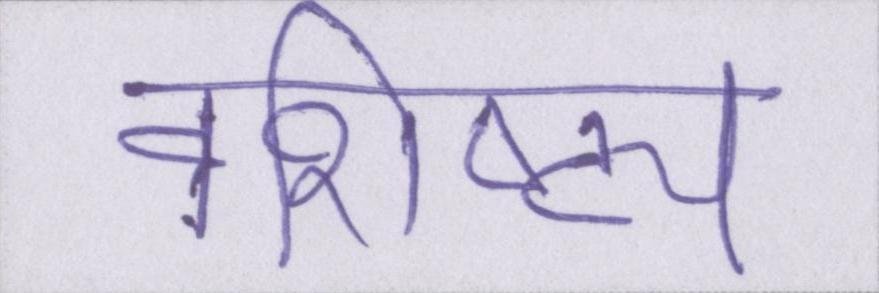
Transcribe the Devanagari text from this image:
वैशिष्ट्य